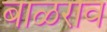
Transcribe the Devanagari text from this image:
बाळराव